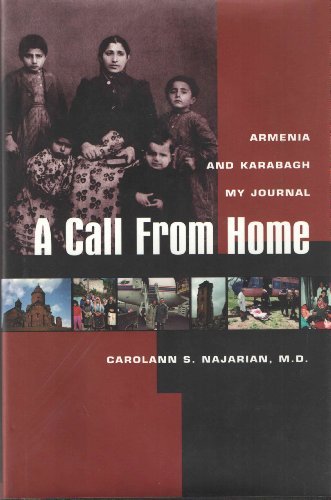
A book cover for A Call from Home : Armenia and Karabagh My Journal; Carolann S. Najarian; Travel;